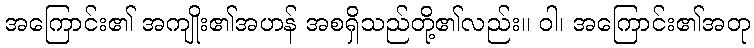
အကြောင်း၏ အကျိုး၏အဟန် အစရှိသည်တို့၏လည်း။ ဝါ၊ အကြောင်း၏အတု